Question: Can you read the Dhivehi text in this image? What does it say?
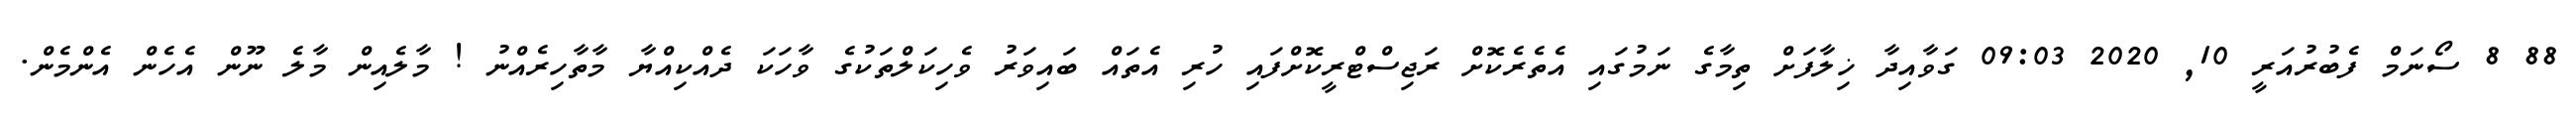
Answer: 88 8 ސޯނަމް ފެބުރުއަރީ 10, 2020 09:03 ގަވާއިދާ ޚިލާފަށް ތިމާގެ ނަމުގައި އެތެރެކޮށް ރަޖިސްޓްރީކޮށްފައި ހުރި އެތައް ބައިވަރު ވެހިކަލްތަކުގެ ވާހަކަ ދެއްކިއްޔާ މާތާހިރެއްނު ! މާލެއިން މާލެ ނޫން އެހެން އެންމެން.